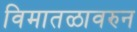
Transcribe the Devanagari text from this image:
विमातळावरुन